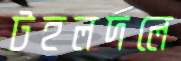
টহলদলে